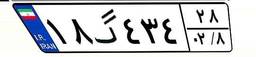
۰۵گ۶۸۶۹۷